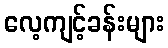
လေ့ကျင့်ခန်းများ